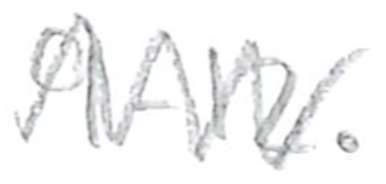
Text: 9-12.
Cross-out: zig-zag
Writing tool: pencil